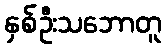
နှစ်ဦးသဘောတူ